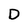
Character: D